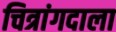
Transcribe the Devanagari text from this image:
चित्रांगदाला